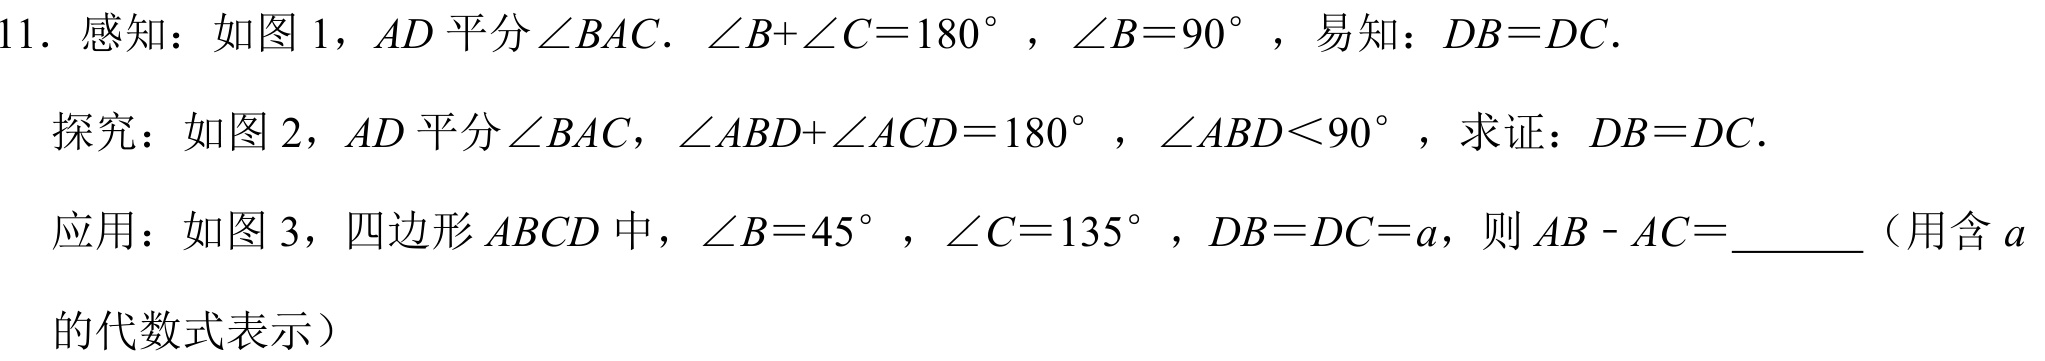
11. 感知：如图1，$AD$平分$\angle BAC$．$\angle B+\angle C = 180^{\circ}$，$\angle B = 90^{\circ}$，易知：$DB = DC$．
探究：如图2，$AD$平分$\angle BAC$，$\angle ABD+\angle ACD = 180^{\circ}$，$\angle ABD<90^{\circ}$，求证：$DB = DC$．
应用：如图3，四边形$ABCD$中，$\angle B = 45^{\circ}$，$\angle C = 135^{\circ}$，$DB = DC = a$，则$AB - AC=$_______（用含$a$
的代数式表示）